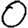
Digit: 0